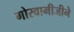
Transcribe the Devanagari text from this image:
गोस्वामीजीने